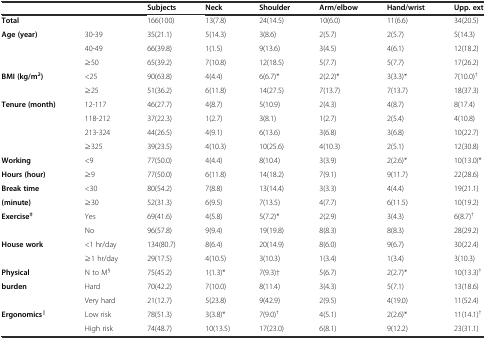
<table><thead><tr><td></td><td></td><td><b>Subjects</b></td><td><b>Neck</b></td><td><b>Shoulder</b></td><td><b>Arm/elbow</b></td><td><b>Hand/wrist</b></td><td><b>Upp. ext</b></td></tr></thead><tbody><tr><td><b>Total</b></td><td></td><td>166(100)</td><td>13(7.8)</td><td>24(14.5)</td><td>10(6.0)</td><td>11(6.6)</td><td>34(20.5)</td></tr><tr><td><b>Age (year)</b></td><td>30-39</td><td>35(21.1)</td><td>5(14.3)</td><td>3(8.6)</td><td>2(5.7)</td><td>2(5.7)</td><td>5(14.3)</td></tr><tr><td></td><td>40-49</td><td>66(39.8)</td><td>1(1.5)</td><td>9(13.6)</td><td>3(4.5)</td><td>4(6.1)</td><td>12(18.2)</td></tr><tr><td></td><td>≥50</td><td>65(39.2)</td><td>7(10.8)</td><td>12(18.5)</td><td>5(7.7)</td><td>5(7.7)</td><td>17(26.2)</td></tr><tr><td><b>BMI (kg/m</b><sup>2</sup><b>)</b></td><td>&lt;25</td><td>90(63.8)</td><td>4(4.4)</td><td>6(6.7)*</td><td>2(2.2)*</td><td>3(3.3)*</td><td>7(10.0)<sup>†</sup></td></tr><tr><td></td><td>≥25</td><td>51(36.2)</td><td>6(11.8)</td><td>14(27.5)</td><td>7(13.7)</td><td>7(13.7)</td><td>18(37.3)</td></tr><tr><td><b>Tenure (month)</b></td><td>12-117</td><td>46(27.7)</td><td>4(8.7)</td><td>5(10.9)</td><td>2(4.3)</td><td>4(8.7)</td><td>8(17.4)</td></tr><tr><td></td><td>118-212</td><td>37(22.3)</td><td>1(2.7)</td><td>3(8.1)</td><td>1(2.7)</td><td>2(5.4)</td><td>4(10.8)</td></tr><tr><td></td><td>213-324</td><td>44(26.5)</td><td>4(9.1)</td><td>6(13.6)</td><td>3(6.8)</td><td>3(6.8)</td><td>10(22.7)</td></tr><tr><td></td><td>≥325</td><td>39(23.5)</td><td>4(10.3)</td><td>10(25.6)</td><td>4(10.3)</td><td>2(5.1)</td><td>12(30.8)</td></tr><tr><td><b>Working</b></td><td>&lt;9</td><td>77(50.0)</td><td>4(4.4)</td><td>8(10.4)</td><td>3(3.9)</td><td>2(2.6)*</td><td>10(13.0)*</td></tr><tr><td><b>Hours (hour)</b></td><td>≥9</td><td>77(50.0)</td><td>6(11.8)</td><td>14(18.2)</td><td>7(9.1)</td><td>9(11.7)</td><td>22(28.6)</td></tr><tr><td><b>Break time</b></td><td>&lt;30</td><td>80(54.2)</td><td>7(8.8)</td><td>13(14.4)</td><td>3(3.3)</td><td>4(4.4)</td><td>19(21.1)</td></tr><tr><td><b>(minute)</b></td><td>≥30</td><td>52(31.3)</td><td>6(9.5)</td><td>7(13.5)</td><td>4(7.7)</td><td>6(11.5)</td><td>10(19.2)</td></tr><tr><td><b>Exercise</b><sup><b>‡</b></sup></td><td>Yes</td><td>69(41.6)</td><td>4(5.8)</td><td>5(7.2)*</td><td>2(2.9)</td><td>3(4.3)</td><td>6(8.7)<sup>†</sup></td></tr><tr><td></td><td>No</td><td>96(57.8)</td><td>9(9.4)</td><td>19(19.8)</td><td>8(8.3)</td><td>8(8.3)</td><td>28(29.2)</td></tr><tr><td><b>House work</b></td><td>&lt;1 hr/day</td><td>134(80.7)</td><td>8(6.4)</td><td>20(14.9)</td><td>8(6.0)</td><td>9(6.7)</td><td>30(22.4)</td></tr><tr><td></td><td>≥1 hr/day</td><td>29(17.5)</td><td>4(10.5)</td><td>3(10.3)</td><td>1(3.4)</td><td>1(3.4)</td><td>3(10.3)</td></tr><tr><td><b>Physical</b></td><td>N to M<sup>§</sup></td><td>75(45.2)</td><td>1(1.3)*</td><td>7(9.3)†</td><td>5(6.7)</td><td>2(2.7)*</td><td>10(13.3)<sup>†</sup></td></tr><tr><td><b>burden</b></td><td>Hard</td><td>70(42.2)</td><td>7(10.0)</td><td>8(11.4)</td><td>3(4.3)</td><td>5(7.1)</td><td>13(18.6)</td></tr><tr><td></td><td>Very hard</td><td>21(12.7)</td><td>5(23.8)</td><td>9(42.9)</td><td>2(9.5)</td><td>4(19.0)</td><td>11(52.4)</td></tr><tr><td><b>Ergonomics</b><sup><b>∥</b></sup></td><td>Low risk</td><td>78(51.3)</td><td>3(3.8)*</td><td>7(9.0)<sup>†</sup></td><td>4(5.1)</td><td>2(2.6)*</td><td>11(14.1)<sup>†</sup></td></tr><tr><td></td><td>High risk</td><td>74(48.7)</td><td>10(13.5)</td><td>17(23.0)</td><td>6(8.1)</td><td>9(12.2)</td><td>23(31.1)</td></tr></tbody></table>